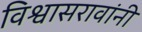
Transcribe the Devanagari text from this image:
विश्वासरावांनी